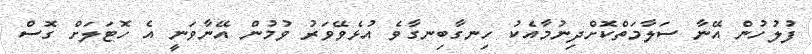
ފުލުހުން އޭނާ ސަލާމަތްކޮށްދިނުމާއެކު ހިނގާބިނގާވެ އުޅެވޭވަރު ވުމުން އޭނާވަނީ އެ ހޮޓަލަށް ގޮސް